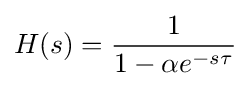
H(s)={\frac {1}{1-\alpha e^{-s\tau }}}